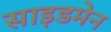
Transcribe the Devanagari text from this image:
साइडमेन